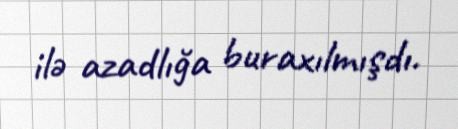
ilə azadlığa buraxılmışdı.